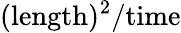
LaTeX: \mathrm{(length)^{2}/time}